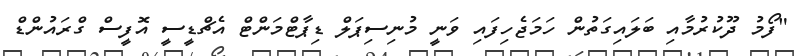
"ފޯމު ދޫކުރުމާއި ބަލައިގަތުން ހަމަޖެހިފައި ވަނީ މުނިސިޕަލް ޑިޕާޓްމަންޓް އެޗްޑީސީ އޮފީސް ގްރައުންޑް